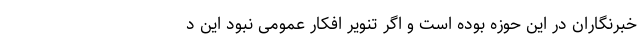
خبرنگاران در این حوزه بوده است و اگر تنویر افکار عمومی نبود این د